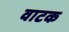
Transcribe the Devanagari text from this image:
वाटक